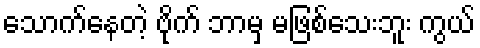
သောက်နေတဲ့ ဗိုက် ဘာမှ မဖြစ်သေးဘူး ကွယ်